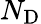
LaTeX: N_{\mathrm{D}}